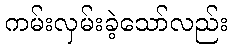
ကမ်းလှမ်းခဲ့သော်လည်း